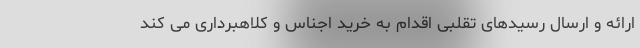
ارائه و ارسال رسیدهای تقلبی اقدام به خرید اجناس و کلاهبرداری می کند